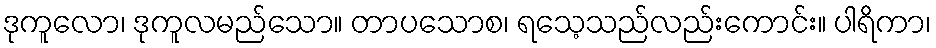
ဒုကူလော၊ ဒုကူလမည်သော။ တာပသောစ၊ ရသေ့သည်လည်းကောင်း။ ပါရိကာ၊